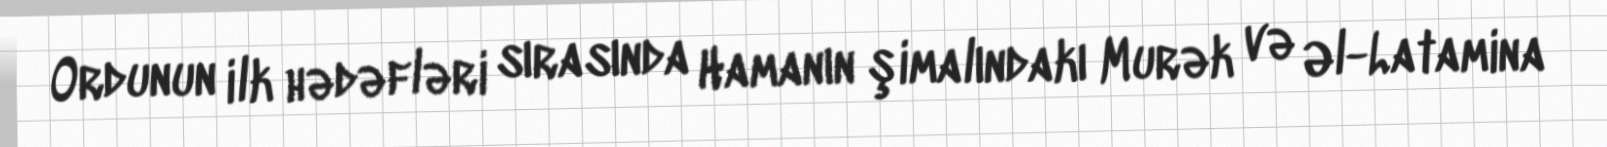
Ordunun ilk hədəfləri sırasında Hamanın şimalındakı Murək və Əl-Latamina